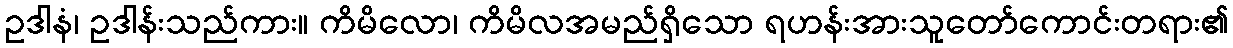
ဥဒါနံ၊ ဥဒါန်းသည်ကား။ ကိမိလော၊ ကိမိလအမည်ရှိသော ရဟန်းအားသူတော်ကောင်းတရား၏